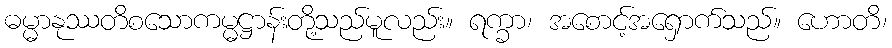
ဓမ္မာနုဿတိစသောကမ္မဋ္ဌာန်းတို့သည်မူလည်း။ ရက္ခာ၊ အစောင့်အရှောက်သည်။ ဟောတိ၊